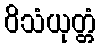
ဝိသံယုတ္တံ